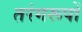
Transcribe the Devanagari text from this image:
तरंगरूपों